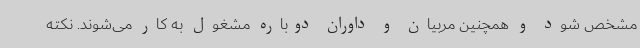
مشخص شود و همچنین مربیان و داوران دوباره مشغول به کار می‌شوند. نکته